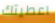
اعطيتك